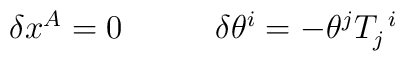
\begin{array}{cc}\delta x^{A}=0~~~&~~~\delta\theta^{i}=-\theta^{j}T_{j}^{~i}\end{array}